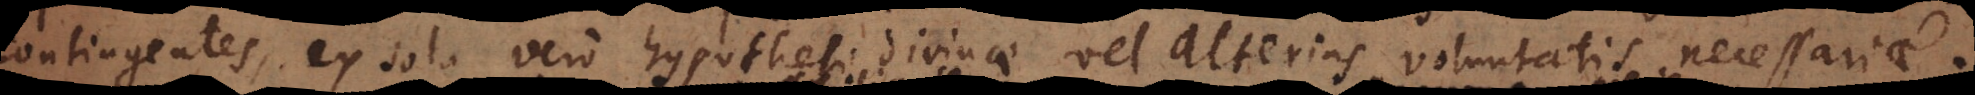
contingentes, ex sola vero hypothesi divinae vel alterius voluntatis necessariae.